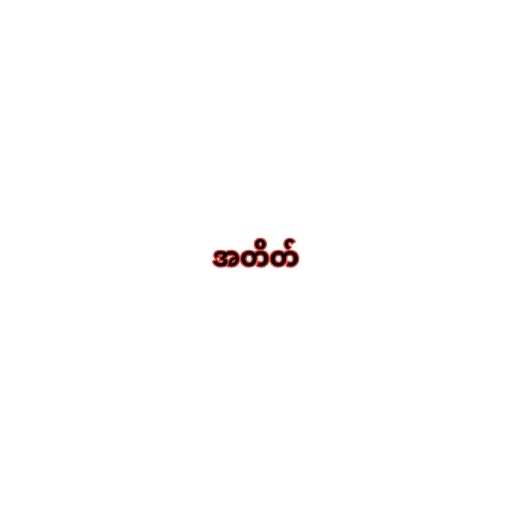
အတိတ်